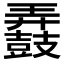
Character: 𲎚